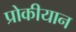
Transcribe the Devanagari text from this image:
प्रोकीयान